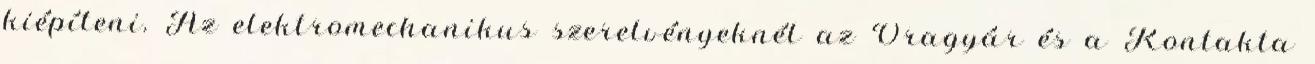
kiépíteni. Az elektromechanikus szerelvényeknél az Óragyár és a Kontakta